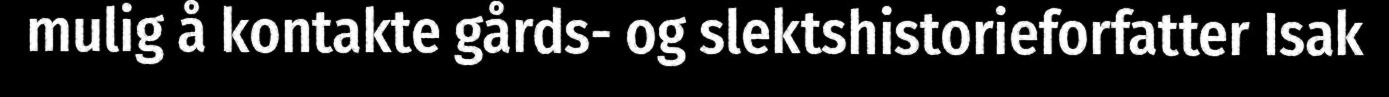
mulig å kontakte gårds- og slektshistorieforfatter Isak